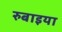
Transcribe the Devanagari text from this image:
रुबाइया